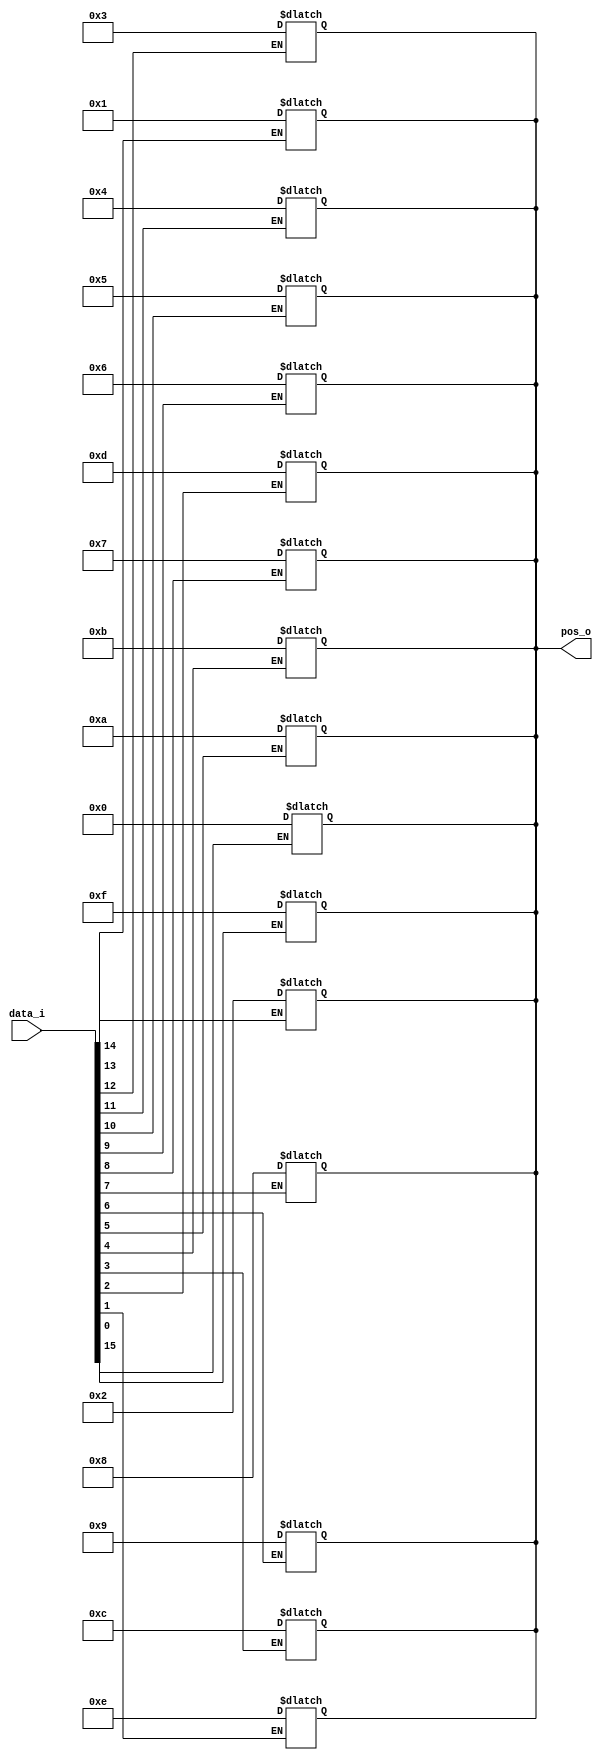
module detect_pos_first_one 
  #(parameter D_WIDTH = 16)
   (
    input [D_WIDTH-1:0] 	     data_i,
    output reg [$clog2(D_WIDTH)-1:0] pos_o
    );
   
   
   
   // Declarations //
   genvar 			     i;
   //______________//
   

   
   // Compute position of first one //
   generate
      for (i = 0; i < D_WIDTH; i=i+1) begin
	 always@(*) begin
	    if (data_i[i] == 1'b1) pos_o = D_WIDTH - (i+1);
	 end
      end	
   endgenerate
   //______________//
   

   
endmodule // detect_pos_first_one